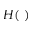
H ( ~ )